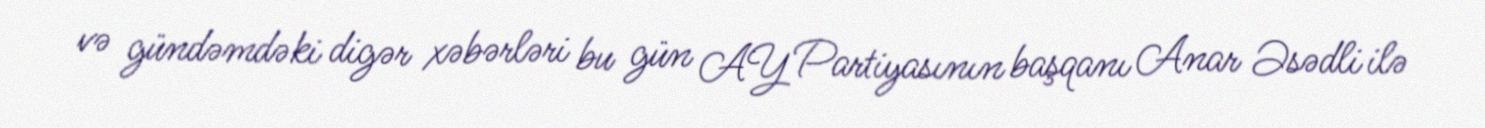
və gündəmdəki digər xəbərləri bu gün AY Partiyasının başqanı Anar Əsədli ilə